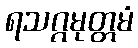
ရသဂ္ဂမုတ္တမံ